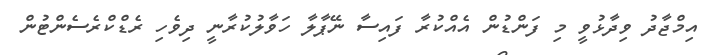
އިމްޖާދު ވިދާޅުވީ މި ފަންޑުން އެއްކުރާ ފައިސާ ނޭޕާލާ ހަވާލުކުރާނީ ދިވެހި ރެޑްކްރެސެންޓުން